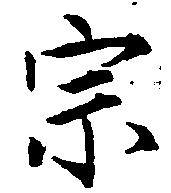
宗